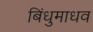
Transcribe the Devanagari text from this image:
बिंधुमाधव